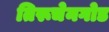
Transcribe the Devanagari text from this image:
तिरूचेनगोड